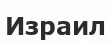
Израил